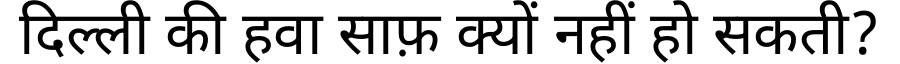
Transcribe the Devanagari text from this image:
दिल्ली की हवा साफ़ क्यों नहीं हो सकती?